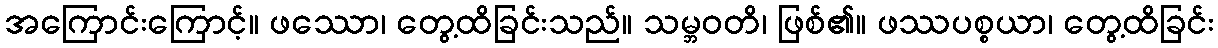
အကြောင်းကြောင့်။ ဖဿော၊ တွေ့ထိခြင်းသည်။ သမ္ဘဝတိ၊ ဖြစ်၏။ ဖဿပစ္စယာ၊ တွေ့ထိခြင်း